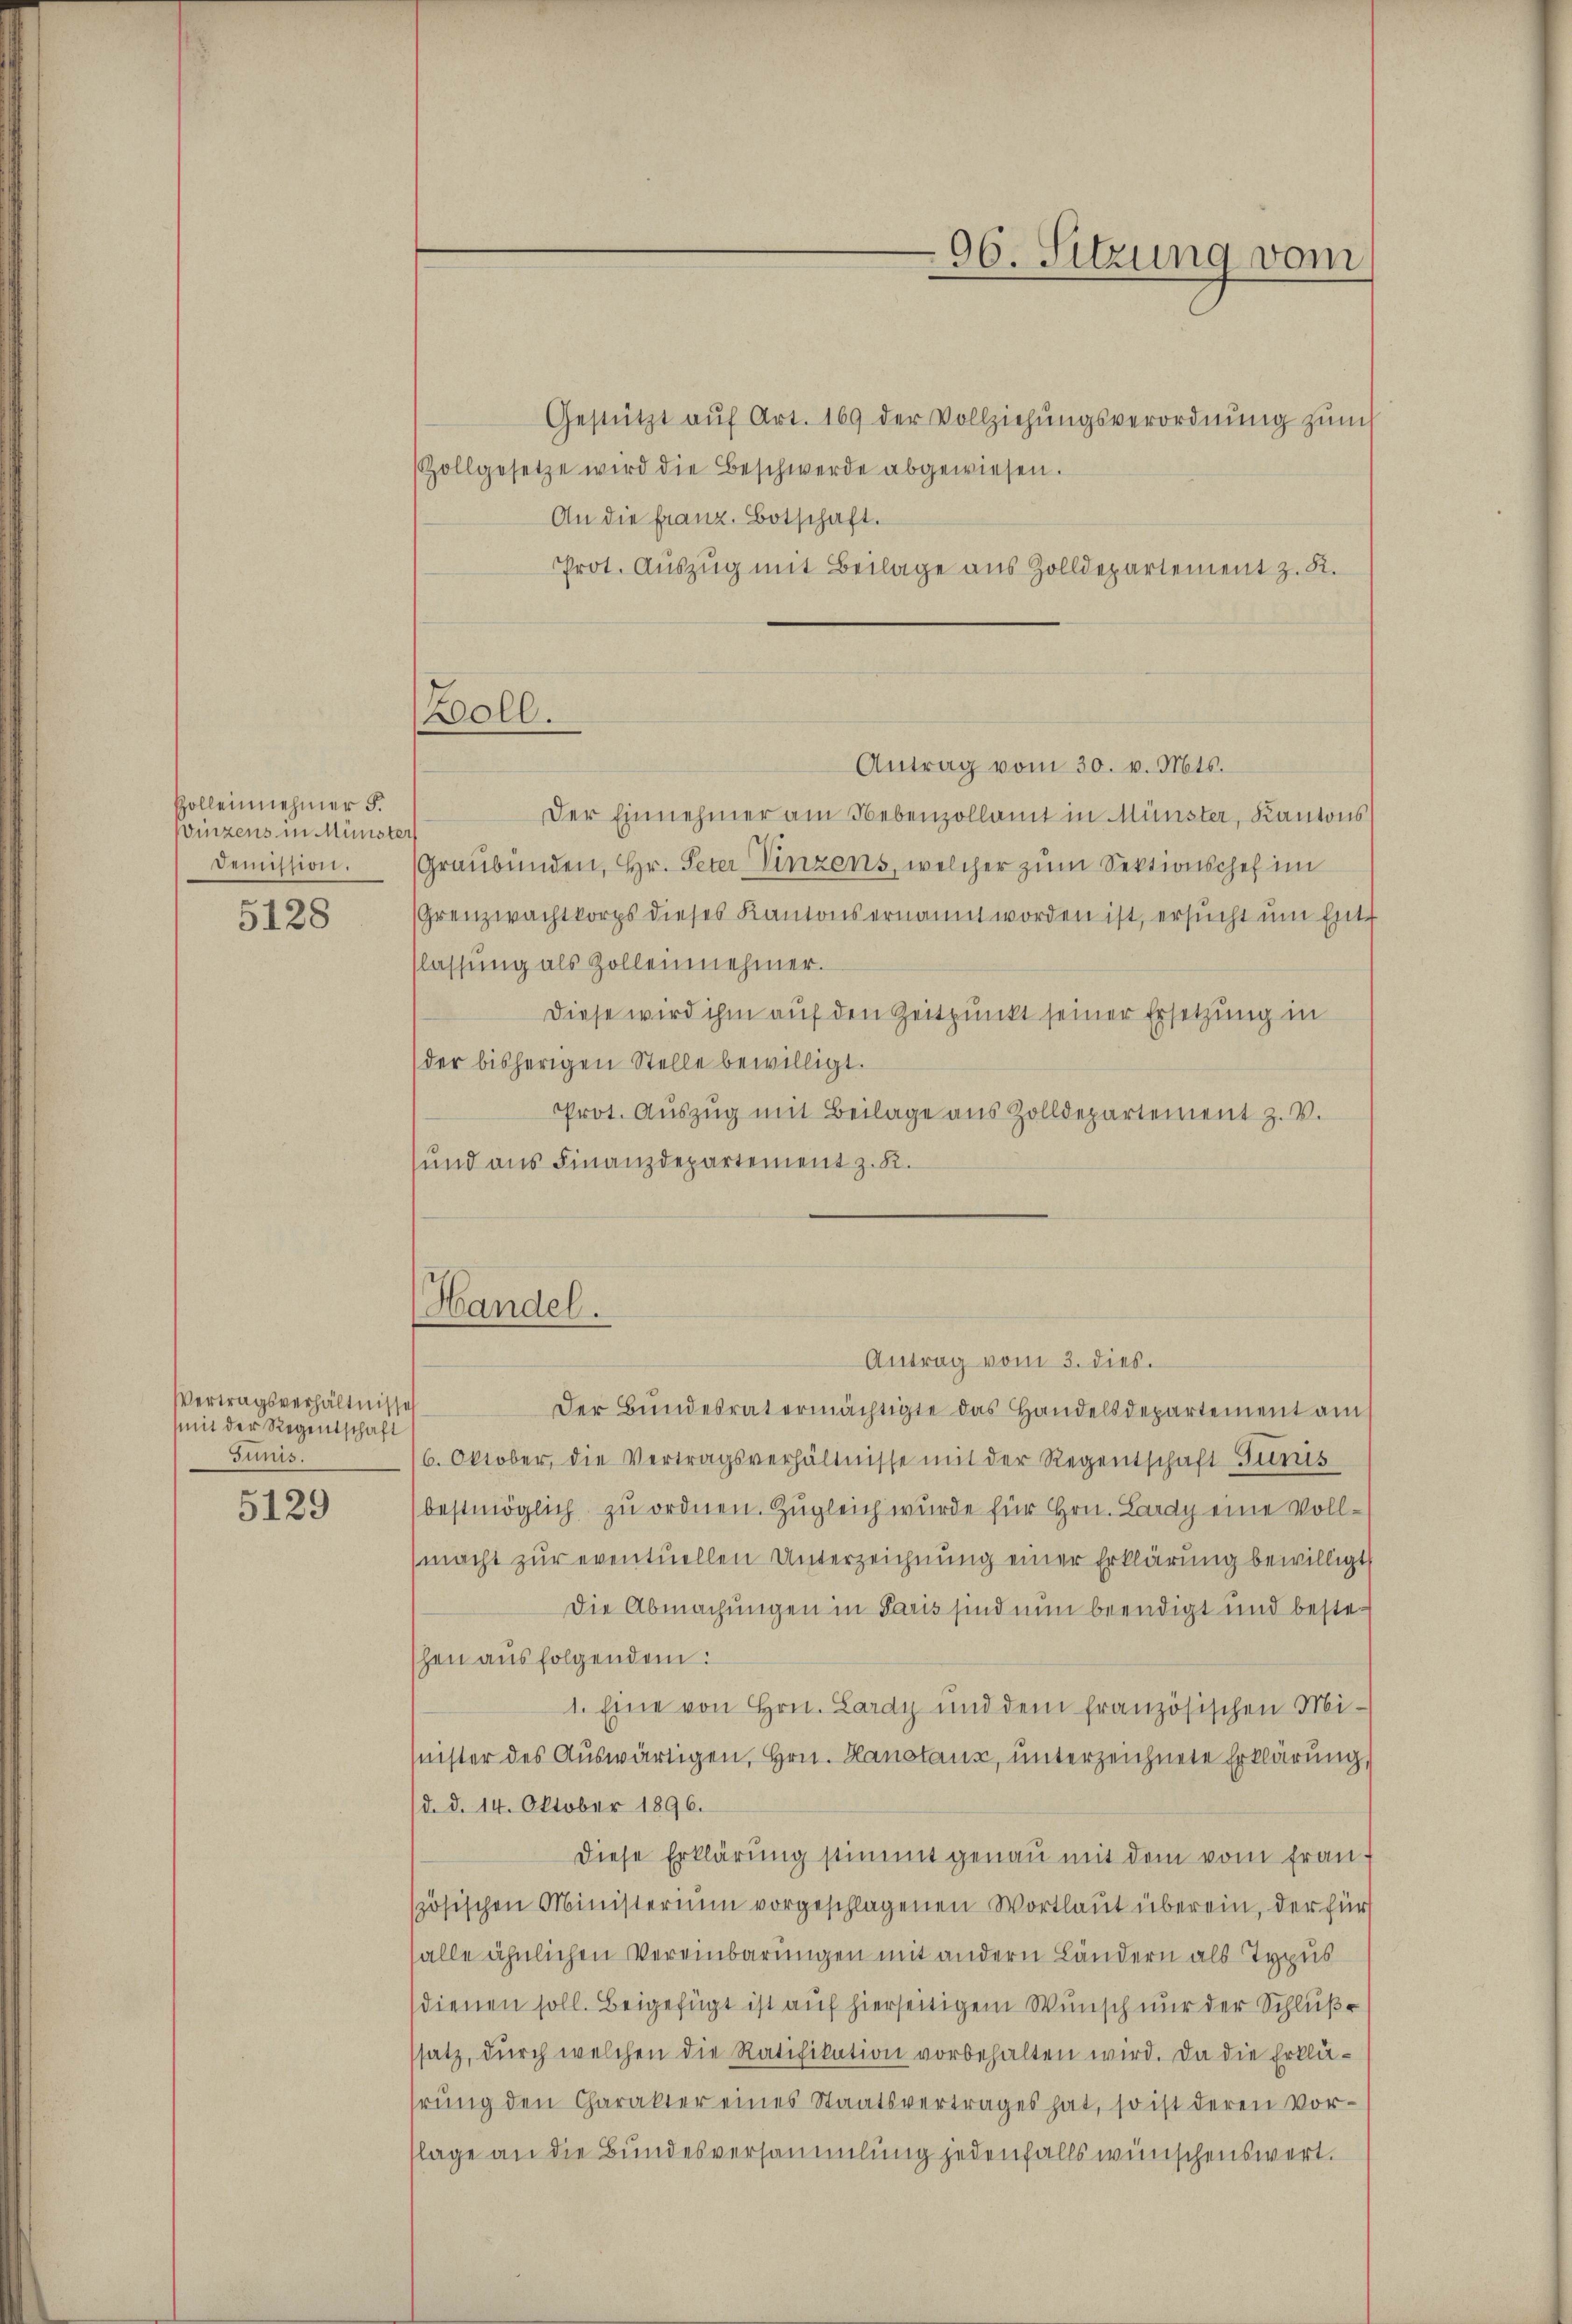
Polleinehmer §.
Winzens in Münster
Demission.

5128

Vertragsverhältnisses
mit der Regentschaft
Sunis.

5129

Gestützt aŭf Art. 169 der Vollziehŭngsverordnŭng zŭm
Zollgesetze wird die Beschwerde abgewiesen.
An die franz. Botschaft.
Prot. Auszug mit Beilage aus Zolldepartement z. K.
Antrag vom 30. v. Mts.
Der Einnehmer am Nebenzollamt in Münster, Kantons
Graubünden, Hr. Peter Vinzens, welcher zum Sektionschef im
Grenzwachtkorps dieses Kantons ernannt worden ist, ersŭcht ŭm Ent-
flassung als Zollennehmer.
Diese wird ihm auf den Zeitpunkt seiner Ersetzung in
der bisherigen Stelle bewilligt.
Prot. Aŭszŭg mit Beilage aus Zolldepartement z. V.
und aus Finanzdepartement z. R.

Antrag vom 3. dies.
Der Bundesrat ermächtigte das Handelsdepartement am
6. Oktober, die Vertragsverhältnisse mit der Regentschaft Tunis
bestmöglich zu ordnen. Zugleich wurde für Hrn. Lardy eine Vollmacht zur eventuellen Unterzeichnung einer Erklärung bewilligt
Die Abmachungen in Paris sind nun beendigt und bestehen aus folgendem:
1. Eine von Hrn. Lardy und dem französischen Miinister des Auswärtigen, Hrn. Hanstaus, unterzeichnete Erklärung,
d. d. 14. Oktober 1896.
diese Erklärŭng stimmt genau mit dem vom fran-
szösischen Ministerium vorgeschlagenen Wortlaut überein, der für
falle ähnlichen Vereinbarungen mit andern Ländern als Typus
dienen soll. Beigefügt ist auf hierseitigem Wunsch nur der Schlußssatz, durch welchen die Ratifikation vorbehalten wird. Da die Erklährŭng den Charakter eines Staatsvertrages hat, so ist deren Vor-
flage an die Bundesversammlung jedenfalls wünschenswert.

Boll.

Handel.

06. Sitzung vom